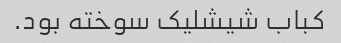
کباب شیشلیک سوخته بود.